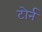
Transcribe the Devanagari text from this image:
टोर्न